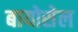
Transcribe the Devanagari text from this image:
बायोसेल